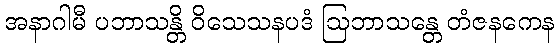
အနာဂါမီ ပဘာသန္တိ ဝိသေသနပဒံ ဩဘာသန္တေ တံဇနကေန